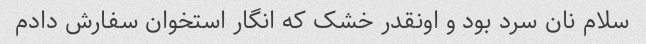
سلام نان سرد بود و اونقدر خشک که انگار استخوان سفارش دادم